Report of the Indian Hemp Drugs Commission, 1894-1895 - Volume III
Year: 1894
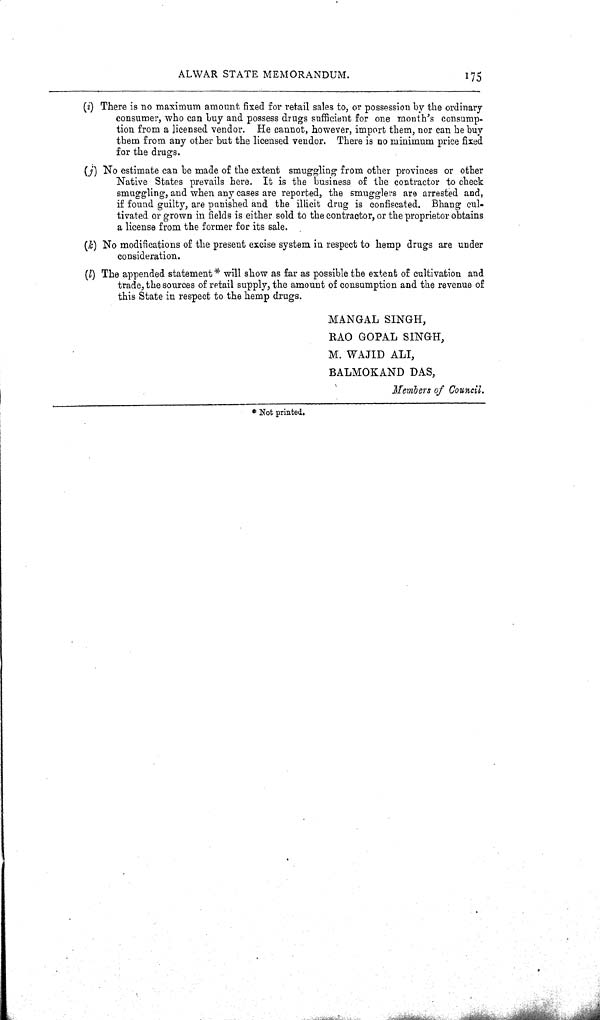
ALWAR STATE MEMORANDUM.
175
(i) There is no maximum amount fixed for retail sales to, or possession by the ordinary
consumer, who can buy and possess drugs sufficient for one month's consump-
tion from a licensed vendor. He cannot, however, import them, nor can he buy
them from any other but the licensed vendor. There is no minimum price fixed
for the drugs.
(j) No estimate can be made of the extent smuggling from other provinces or other
Native States prevails here. It is the business of the contractor to check
smuggling, and when any cases are reported, the smugglers are arrested and,
if found guilty, are punished and the illicit drug is confiscated. Bhang cul-
tivated or grown in fields is either sold to the contractor, or the proprietor obtains
a license from the former for its sale.
(k) No modifications of the present excise system in respect to hemp drugs are under
consideration.
(l) The appended statement * will show as far as possible the extent of cultivation and
trade, the sources of retail supply, the amount of consumption and the revenue of
this State in respect to the hemp drugs.
MANGAL SINGH,
RAO GOPAL SINGH,
M. WAJID ALI,
BALMOKAND DAS,
Members of Council.
* Not printed.